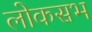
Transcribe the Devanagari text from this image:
लोकसभ